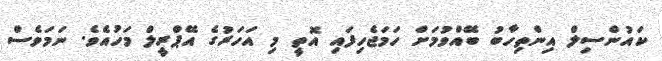
ކައުންސިލް އިންތިހާބު ބޭއްވުމަށް ހަމަޖެހިފައި އޮތީ މި އަހަރުގެ އޭޕްރީލް މަހުއެވެ. ނަމަވެސް